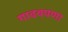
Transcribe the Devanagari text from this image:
गाढवपणा